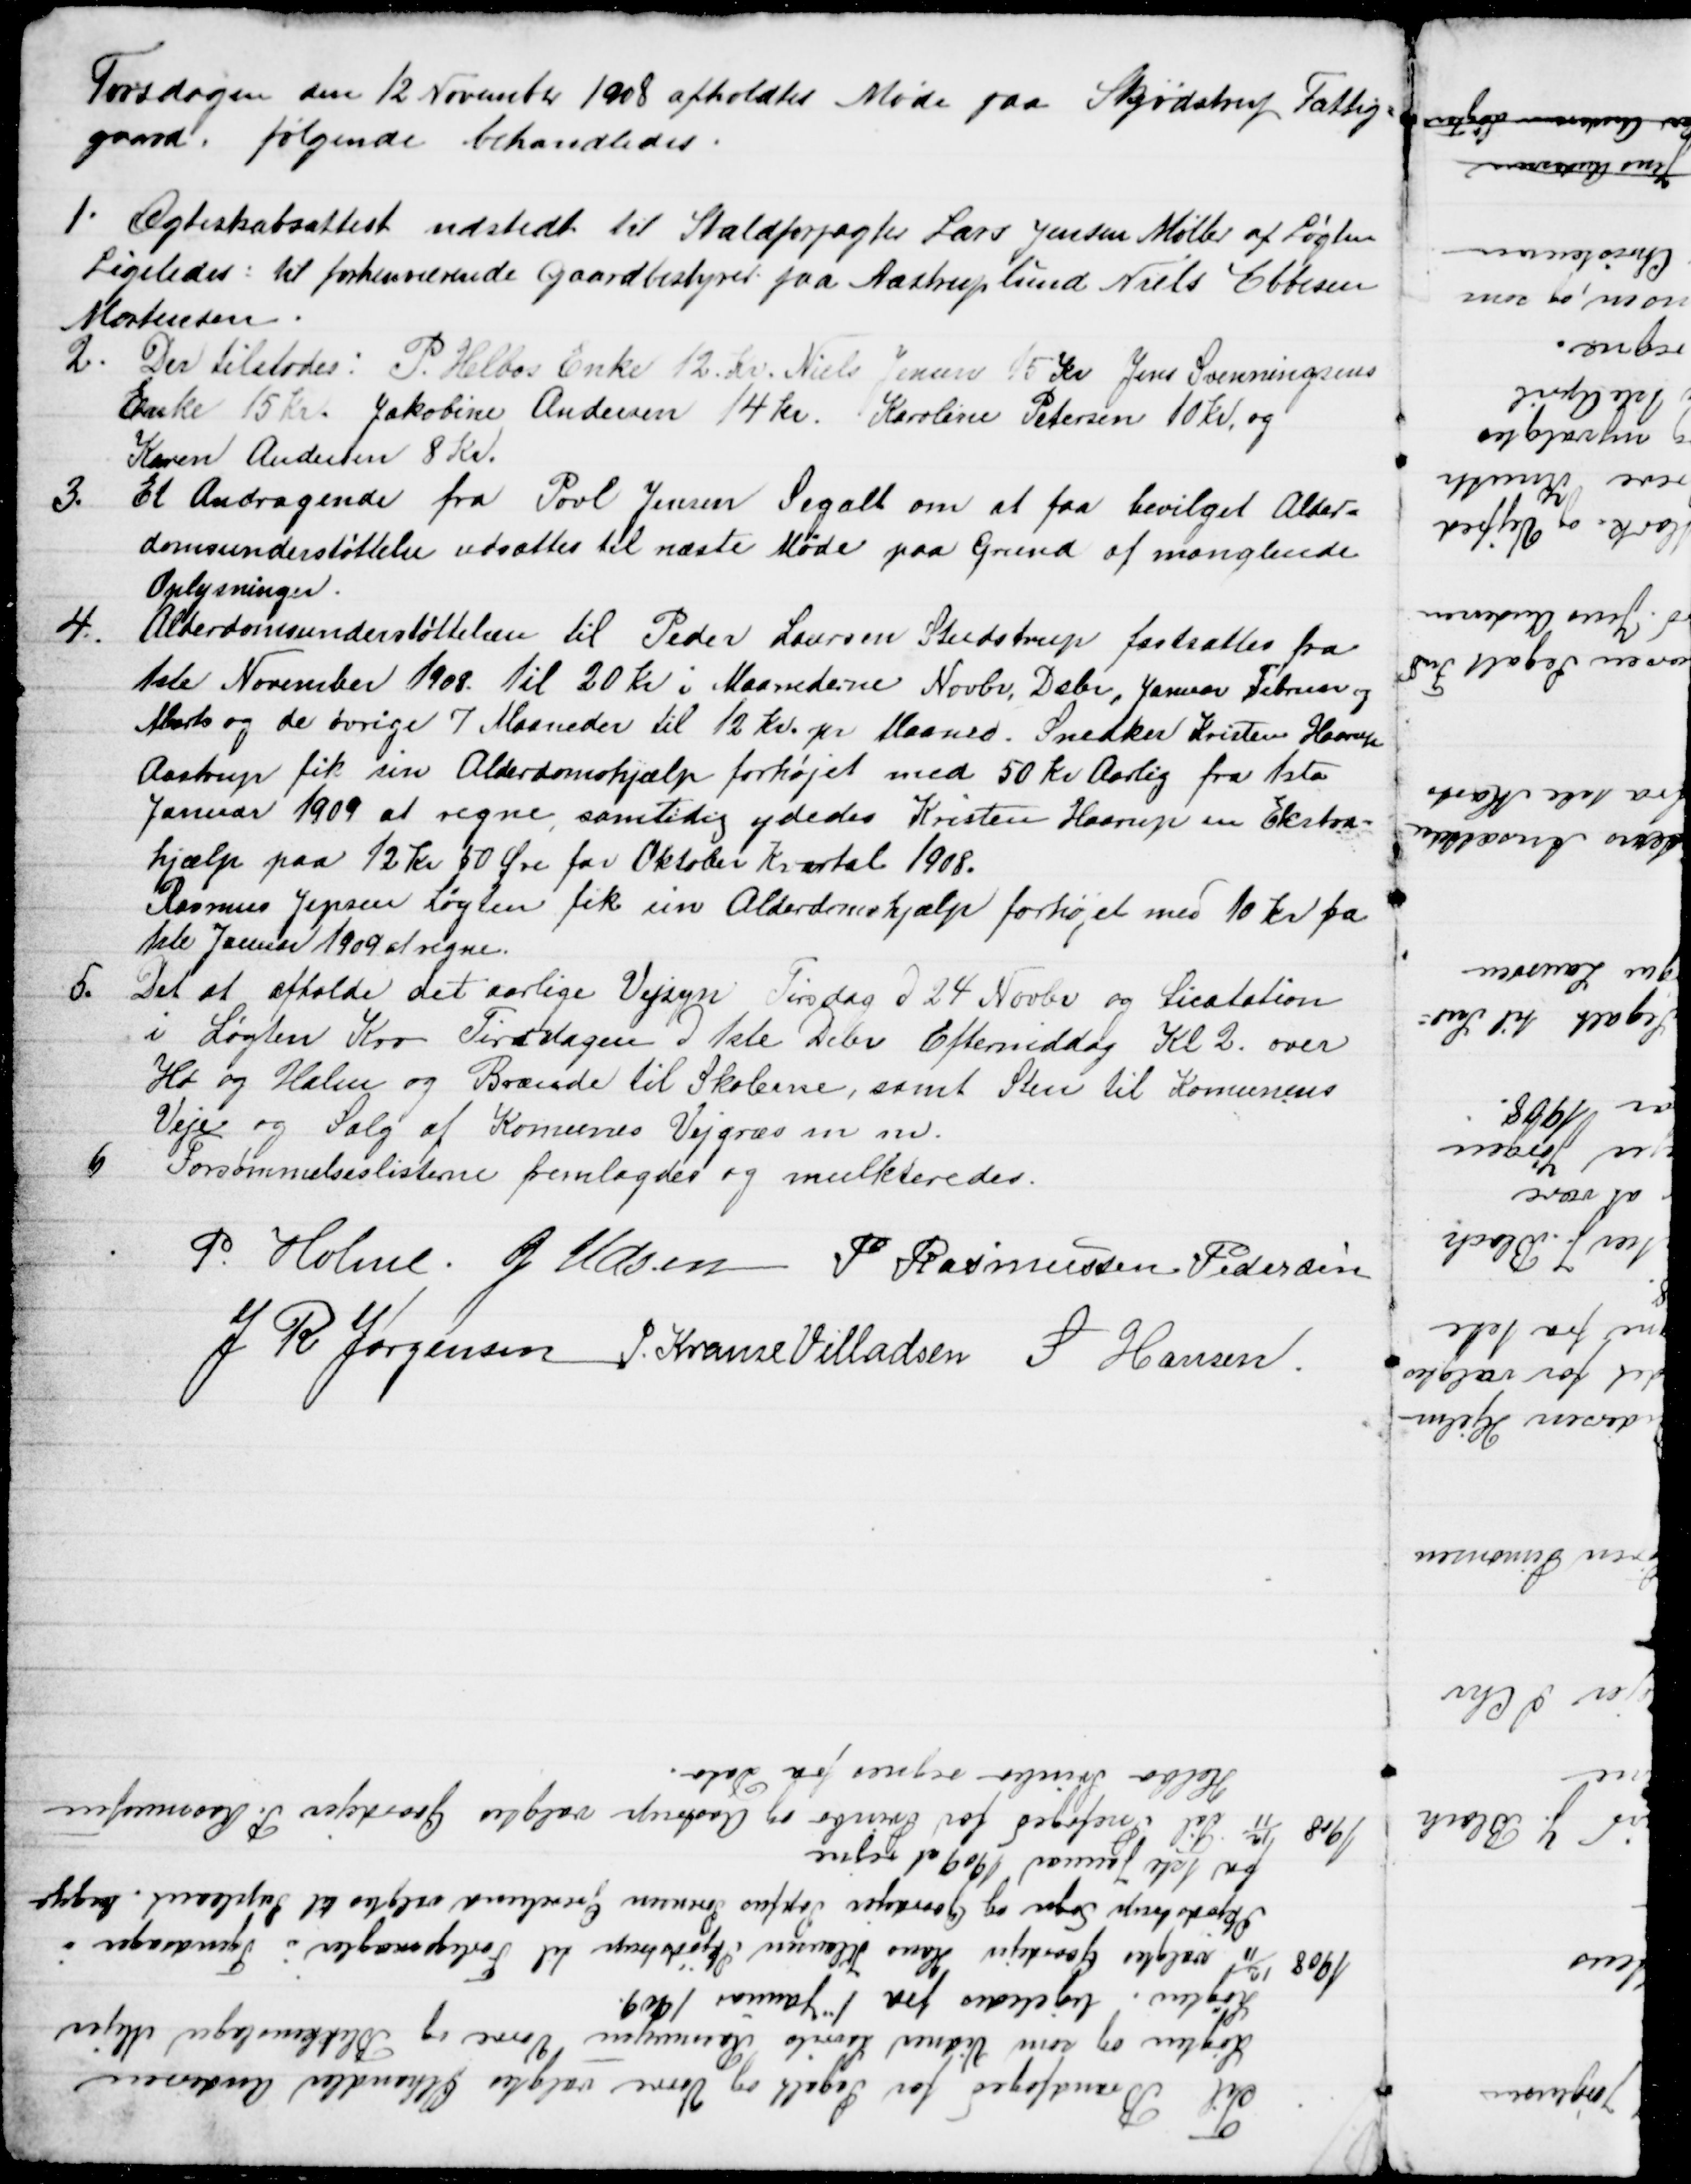
Transskription:
Torsdagen den 12 November 1908 afholdtes Møde paa Skødstrup Fattig=
gaard, følgende behandledes.
1. Ægteskabsattest udstedt til Staldforpagter Lars Jensen Møller af Løgten
Ligeledes: til forhenværende gaardbestyrer fra Aastruplund Niels Ebbesen
Mortensen.
2. Der tilstodes: P. Helbos Enke 12. dr. Niels Jensen 15 Kr Jens Svenningsens
Enke 15 Kr. Jakobine Andersen 14 kr. Karoline Petersen 10 Kr. og
Karen Andersen 8 Kr.
3.
Et Andragende fra Povl Jensen Segalt om at faa bevilget Alder=
domsunderstøttelse udsættes til næste Møde paa Grund af manglende
Oplysninger.
4.
Alderdomsunderstøttelsen til Peder Laursen Studstrup fastsattes fra
1ste November 1908. til 20 Kr i Maanederne Novbr, Dsbr, Januar Februar og
Marts og de øvrige 7 Maaneder til 12 Kr. pr Maaned. Snedker Kristen Haarup
Aastrup fik sin Alderdomshjælp forhøjet med 50 Kr Aarlig fra 1ste
Januar 1909 at regne, samtidig ydedes Kristen Haarup en Ekstra-
hjælp paa 12 Kr 50 Øre for Oktober Kvartal 1908.
Rasmus Jepsen Løgten fik sin Alderdomshjælp forhøjet med 10 Kr fra
1ste Januar 1909 at regne.
5.
Det at afholde det aarlige Vejsyn Tirsdag d 24 Novbr og Licitation
i Løgten Kro Tirsdagen d 1ste Debr Eftermiddag Kl. 2. over
Hø og Halm og Brænde til Skolerne, samt Sten til Komunens
Veje og Salg af Komunes Vejgræs m m.
6
Forsømmelseslisterne fremlagdes og mulkteredes.
P. Holme. J. Udsen P. Rasmussen Pedersen
J. R. Jørgensen J. Krause Villadsen S Hansen

Til Brandfoged for Segalt og Vorre valgtes Ølhandler Andersen
Løgten og som Vidner Laurits Rasmussen Vorre og Blikkenslager Mejer
Løgten. ligeledes fra 1" Januar 1909.
1908 12/11 valgtes Gaardejer Hans Klausen Skjødstrup til Forligsmægler i Tyendesager i
Skjødstrup Sogn og Gaardejer Sophus Sørensen Grevelund valgtes til Supleant. begge 
fra 1ste Januar 1909 at regne
1908 12/11 Til Snefoged for Svinbo og Aastrup valgtes Gaardejer P. Rasmussen
Helbo Svinbo regnes fra Dato.